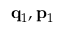
\mathbf { q } _ { 1 } , \mathbf { p } _ { 1 }